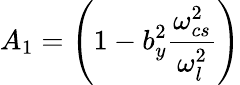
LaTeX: A_{1}=\left(1-b_{y}^{2}\frac{\omega_{cs}^{2}}{\omega_{l}^{2}}\right)